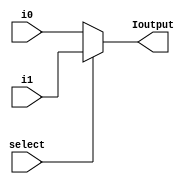
module mux_21_32b (i0, i1, select ,Ioutput);
input [31:0] i0,i1;
input select;
output [31:0] Ioutput;
assign Ioutput = select ? i1 :i0;
endmodule